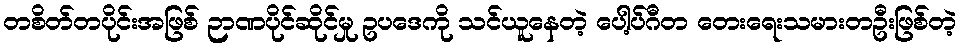
တစိတ်တပိုင်းအဖြစ် ဉာဏပိုင်ဆိုင်မှု ဥပဒေကို သင်ယူနေတဲ့ ပေါ့ပ်ဂီတ တေးရေးသမားတဦးဖြစ်တဲ့